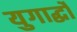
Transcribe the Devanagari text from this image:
युगार्द्धों